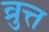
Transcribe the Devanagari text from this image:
व्रुत्त